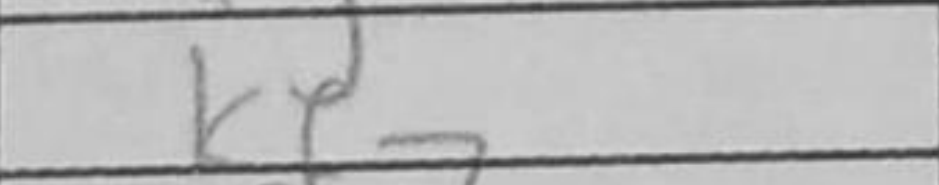
Transcription: Kf7